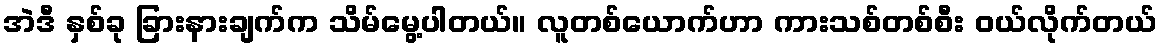
အဲဒီ နှစ်ခု ခြားနားချက်က သိမ်မွေ့ပါတယ်။ လူတစ်ယောက်ဟာ ကားသစ်တစ်စီး ဝယ်လိုက်တယ်